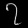
Digit: ၇